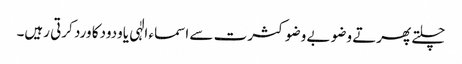
چلتے پھرتے وضو بے وضو کثرت سے اسماء الٰہی یاودودکا ورد کرتی رہیں۔